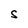
Character: S